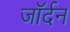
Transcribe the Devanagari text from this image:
जॉर्दन